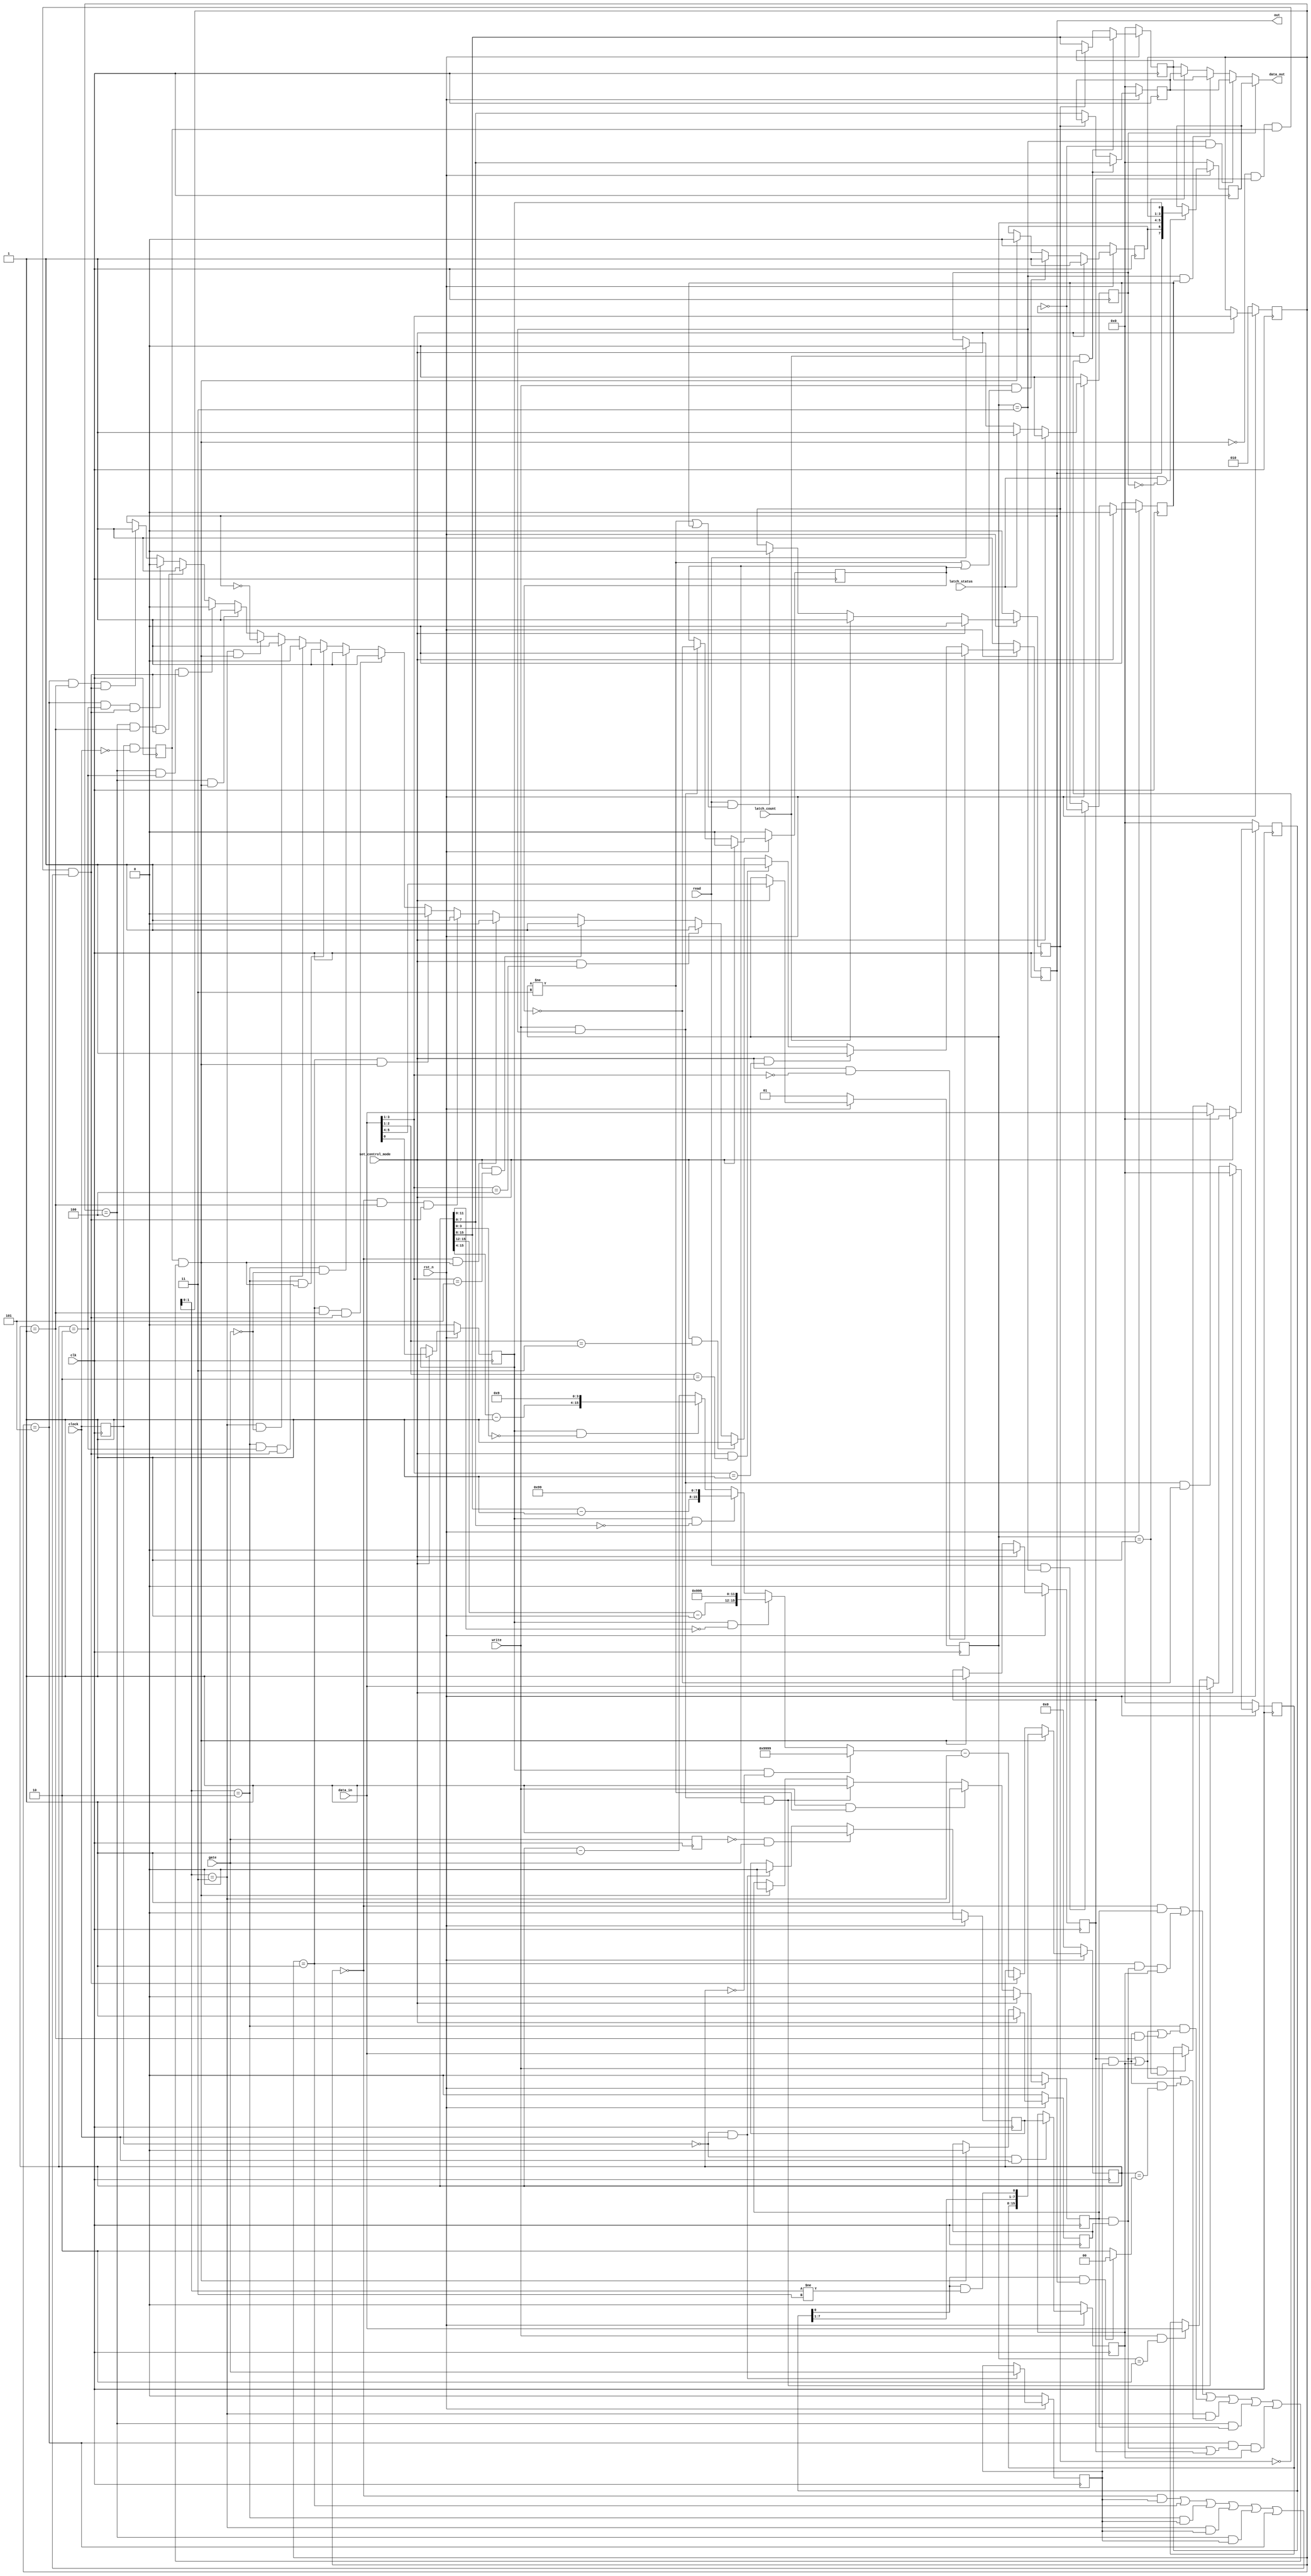
module pit_counter(
    input             clk,
    input             rst_n,
    
    input             clock,
    input             gate,
    output reg        out,
    
    input       [7:0] data_in,
    input             set_control_mode,
    input             latch_count,
    input             latch_status,
    input             write,
    input             read,
    
    output      [7:0] data_out
);

//------------------------------------------------------------------------------

reg [2:0] mode;
always @(posedge clk) begin
    if(rst_n == 1'b0)         mode <= 3'd2;
    else if(set_control_mode) mode <= data_in[3:1];
end

reg bcd;
always @(posedge clk) begin
    if(rst_n == 1'b0)         bcd <= 1'd0;
    else if(set_control_mode) bcd <= data_in[0];
end

reg [1:0] rw_mode;
always @(posedge clk) begin
    if(rst_n == 1'b0)         rw_mode <= 2'd1;
    else if(set_control_mode) rw_mode <= data_in[5:4];
end

//------------------------------------------------------------------------------

reg [7:0] counter_l;
always @(posedge clk) begin
    if(rst_n == 1'b0)                               counter_l <= 8'd0;
    else if(set_control_mode)                       counter_l <= 8'd0;
    else if(write && rw_mode == 2'd3 && ~msb_write) counter_l <= data_in;
    else if(write && rw_mode == 2'd1)               counter_l <= data_in;
end

reg [7:0] counter_m;
always @(posedge clk) begin
    if(rst_n == 1'b0)                               counter_m <= 8'd0;
    else if(set_control_mode)                       counter_m <= 8'd0;
    else if(write && rw_mode == 2'd3 && msb_write)  counter_m <= data_in;
    else if(write && rw_mode == 2'd2)               counter_m <= data_in;
end

reg [7:0] output_l;
always @(posedge clk) begin
    if(rst_n == 1'b0)                       output_l <= 8'd0;
    else if(latch_count && ~output_latched) output_l <= counter[7:0];
    else if(~output_latched)                output_l <= counter[7:0];
end

reg [7:0] output_m;
always @(posedge clk) begin
    if(rst_n == 1'b0)                       output_m <= 8'd0;
    else if(latch_count && ~output_latched) output_m <= counter[15:8];
    else if(~output_latched)                output_m <= counter[15:8];
end

reg output_latched;
always @(posedge clk) begin
    if(rst_n == 1'b0)                               output_latched <= 1'b0;
    else if(set_control_mode)                       output_latched <= 1'b0;
    else if(latch_count)                            output_latched <= 1'b1;
    else if(read && (rw_mode != 2'd3 || msb_read))  output_latched <= 1'b0;
end

reg null_counter;
always @(posedge clk) begin
    if(rst_n == 1'b0)                                null_counter <= 1'b0;
    else if(set_control_mode)                        null_counter <= 1'b1;
    else if(write && (rw_mode != 2'd3 || msb_write)) null_counter <= 1'b1;
    else if(load)                                    null_counter <= 1'b0;
end

reg msb_write;
always @(posedge clk) begin
    if(rst_n == 1'b0)                 msb_write <= 1'b0;
    else if(set_control_mode)         msb_write <= 1'b0;
    else if(write && rw_mode == 2'd3) msb_write <= ~msb_write;
end

reg msb_read;
always @(posedge clk) begin
    if(rst_n == 1'b0)                msb_read <= 1'b0;
    else if(set_control_mode)        msb_read <= 1'b0;
    else if(read && rw_mode == 2'd3) msb_read <= ~msb_read;
end

reg [7:0] status;
always @(posedge clk) begin
    if(rst_n == 1'b0)                        status <= 8'd0;
    else if(latch_status && ~status_latched) status <= { out, null_counter, rw_mode, mode, bcd };
end

reg status_latched;
always @(posedge clk) begin
    if(rst_n == 1'b0)           status_latched <= 1'b0;
    else if(set_control_mode)   status_latched <= 1'b0;
    else if(latch_status)       status_latched <= 1'b1;
    else if(read)               status_latched <= 1'b0;
end

assign data_out =
    (status_latched)               ? status   :
    (rw_mode == 2'd3 && ~msb_read) ? output_l :
    (rw_mode == 2'd3 &&  msb_read) ? output_m :
    (rw_mode == 2'd1)              ? output_l :
                                     output_m;

//------------------------------------------------------------------------------

reg clock_last;
always @(posedge clk) clock_last <= clock;

reg clock_pulse;
always @(posedge clk) clock_pulse <= clock_last & ~clock;

reg gate_last;
always @(posedge clk) gate_last <= gate;

reg gate_sampled;
always @(posedge clk) begin
    if(rst_n == 1'b0)             gate_sampled <= 1'b0;
    else if(~clock_last && clock) gate_sampled <= gate;
end

reg trigger;
always @(posedge clk) begin
    if(rst_n == 1'b0)             trigger <= 1'b0;
    else if(~gate_last && gate)   trigger <= 1'b1;
    else if(~clock_last && clock) trigger <= 1'b0;
end

reg trigger_sampled;
always @(posedge clk) begin
    if(rst_n == 1'b0)            trigger_sampled <= 1'b0;
    else if(~clock_last & clock) trigger_sampled <= trigger;
end

//------------------------------------------------------------------------------

always @(posedge clk) begin
    if(rst_n == 1'b0)                                         out <= 1'b1;

    else if(set_control_mode && data_in[3:1] == 3'd0)         out <= 1'b0;
    else if(set_control_mode && data_in[3:1] == 3'd1)         out <= 1'b1;
    else if(set_control_mode && data_in[2:1] == 2'd2)         out <= 1'b1;
    else if(set_control_mode && data_in[2:1] == 2'd3)         out <= 1'b1;
    else if(set_control_mode && data_in[3:1] == 3'd4)         out <= 1'b1;
    else if(set_control_mode && data_in[3:1] == 3'd5)         out <= 1'b1;

    else if(mode      == 3'd0 && load)                        out <= 1'b0;
    else if(mode      == 3'd0 && counter == 16'd1 && enable)  out <= 1'b1;

    else if(mode      == 3'd1 && load)                        out <= 1'b0;
    else if(mode      == 3'd1 && counter == 16'd1 && enable)  out <= 1'b1;

    else if(mode[1:0] == 2'd2 && ~gate)                       out <= 1'b1;
    else if(mode[1:0] == 2'd2 && load)                        out <= 1'b1;
    else if(mode[1:0] == 2'd2 && counter == 16'd2 && enable)  out <= 1'b0;

    else if(mode[1:0] == 2'd3 && ~gate)                       out <= 1'b1;
    else if(mode[1:0] == 2'd3 && load)                        out <= ~out;

    else if(mode      == 3'd4 && load)                        out <= 1'b1;
    else if(mode      == 3'd4 && counter == 16'd2 && enable)  out <= 1'b0;
    else if(mode      == 3'd4 && counter == 16'd1 && enable)  out <= 1'b1;

    else if(mode      == 3'd5 && counter == 16'd2 && enable)  out <= 1'b0;
    else if(mode      == 3'd5 && counter == 16'd1 && enable)  out <= 1'b1;
end

//------------------------------------------------------------------------------

reg written;
always @(posedge clk) begin
    if(rst_n == 1'b0)                              written <= 1'b0;
    else if(set_control_mode)                      written <= 1'b0;
    else if(write && rw_mode != 2'd3)              written <= 1'b1;
    else if(write && rw_mode == 2'd3 && msb_write) written <= 1'b1;
    else if(load)                                  written <= 1'b0;
end

reg control_set;
always @(posedge clk) begin
    if(rst_n == 1'b0)         control_set <= 1'b0;
    else if(set_control_mode) control_set <= 1'b1;
    else if(load)             control_set <= 1'b0;
end

reg loaded;
always @(posedge clk) begin
    if(rst_n == 1'b0)         loaded <= 1'b0;
    else if(set_control_mode) loaded <= 1'b0;
    else if(load)             loaded <= 1'b1;
end

wire load = clock_pulse && (
    (mode      == 3'd0 &&   written) ||
    (mode      == 3'd1 &&  (written && control_set) && trigger_sampled) ||
    (mode[1:0] == 2'd2 && ((written && control_set) || trigger_sampled || (loaded && gate_sampled && counter == 16'd1))) ||
    (mode[1:0] == 2'd3 && ((written && control_set) || trigger_sampled || (loaded && gate_sampled && counter == ((counter_l[0] & out) ? 16'd0 : 16'd2)))) ||
    (mode      == 3'd4 &&   written) ||
    (mode      == 3'd5 && ((written && control_set) || loaded) && trigger_sampled)
);

wire enable = ~load && loaded && clock_pulse && ( 
    (mode      == 3'd0 && gate_sampled) ||
    (mode      == 3'd1) ||
    (mode[1:0] == 2'd2 && gate_sampled) ||
	 (mode[1:0] == 2'd3 && gate_sampled) ||
    (mode      == 3'd4 && gate_sampled) ||
    (mode      == 3'd5)
);

//------------------------------------------------------------------------------

wire [15:0] counter_minus_1 =
    (bcd && !counter[15:0]) ? 16'h9999 :
    (bcd && !counter[11:0]) ? { counter[15:12] - 1'd1, 12'h999 } :
    (bcd && !counter[7:0])  ? { counter[15:8]  - 1'd1,   8'h99 } :
    (bcd && !counter[3:0])  ? { counter[15:4]  - 1'd1,    4'h9 } :
                                counter - 1'd1;

reg [15:0] counter;
always @(posedge clk) begin
    if(rst_n == 1'b0) counter <= 16'd0;
    else if(load)     counter <= {counter_m, counter_l[7:1], counter_l[0] & (mode[1:0] != 2'd3)};
    else if(enable)   counter <= counter_minus_1 - (mode[1:0] == 2'd3);
end

//------------------------------------------------------------------------------

endmodule